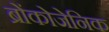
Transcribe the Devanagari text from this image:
ब्रोंकोजेनिक